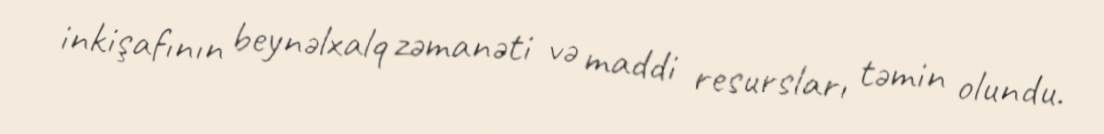
inkişafının beynəlxalq zəmanəti və maddi resursları təmin olundu.